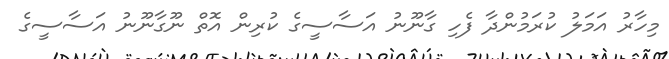
މިހާރު އަމަލު ކުރަމުންދާ ފެހި ގާނޫނު އަސާސީގެ ކުރިން އޮތް ނޫގާނޫނު އަސާސީގެ